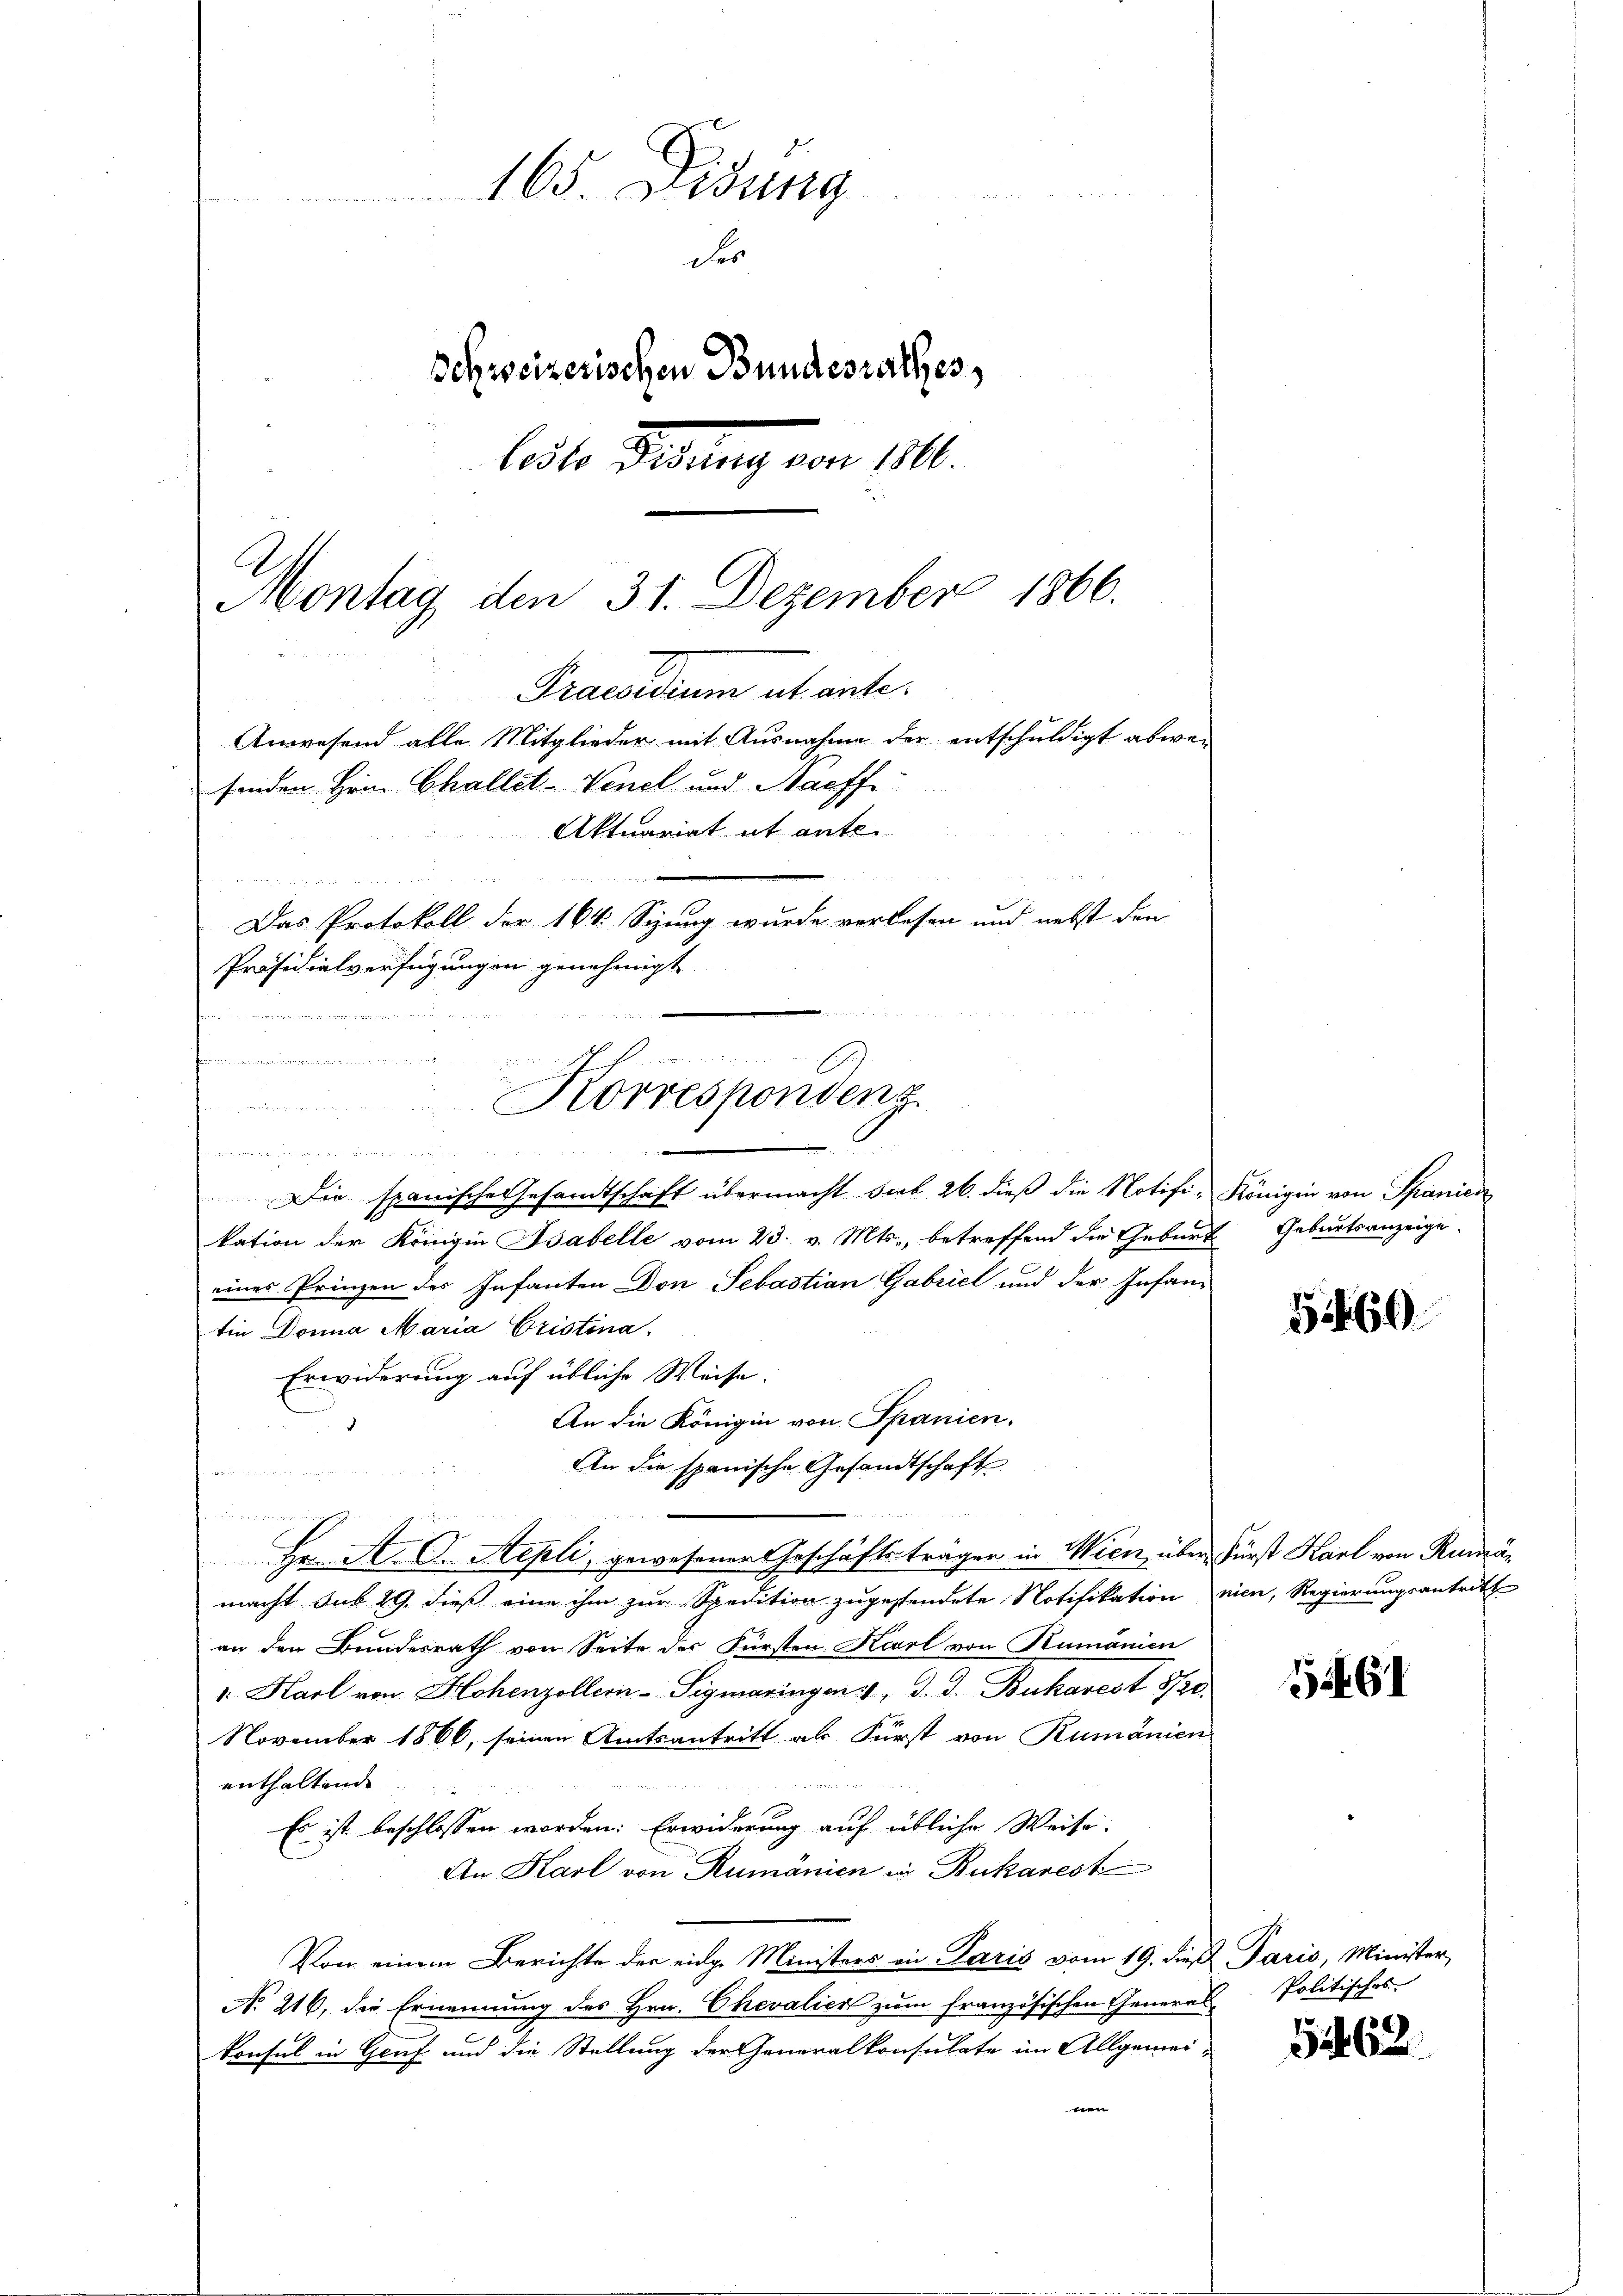
eine
  der den
und einschlicht meinen
Korrespondenz

165. Didung
der
Schweizerischen Bundesrathes,
ledle Gesung von 11.
Montag den 31. Dezember 1866.
Fracodrum abante¬
Anwesend alle Mitglieder mit Ausnahme der entschuldigt abwei
senden Hrn. Challet-Venel und Nachf
Aktuariat et ante¬
u
Das Protokoll der 164. Sizung wurde verlesen und nebst den
Präsidialverfügungen genehmigt

.
 urteien und der ein seine
Die spanische Gesandtschaft übermacht sub 26. dieß die Notifi- Königin von Spanien
kation der Königin Babelle vom 23. v. Mts., betreffend der Geburt Geburtsanzeige
eines Prinzen der Infanten Don Sebastian Gabriel und der Infan-
tin Donna Maria Cristina.
Erwiderung auf übliche Weise.
An die Königin von Spanien.
An die spanische Gesandtschafte
n
Hr. A. C. Stepli, gewesener Geschäftsträgen in Wien, über Fürst Karl von Rumämacht sub 29. dieß eine ihm zur Spedition zugestendete Notifikation nien, Regierungsantritt
an den Bundesrath von Seite der Fürsten Karl von Rumänien
". Karl von Hohenzollern-Sigmaringen, d. d. Bukarest 8/20.
November 1866, seinen Amtsantritt als Fürst von Rumänien
enthaltende
Es ist beschlossen worden: Erwiderung auf übliche Weise.
An Karl von Rumänien in Bukarest
Von einem Berichte der eidge Ministers in Paris vom 19. dieß Paris, Minister,
No 216, die Ernennung des Hrn. Chevalien zum französischen General Politisches
konsul in Gruf und die Stellung der Generalkonsulate im Allgemei-
en

54460

5461

3462.